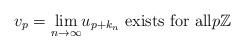
\begin{align*}v_p=\underset{n\rightarrow\infty}{\lim}u_{p+k_{n}}\text{ exists for all}p\mathbb{Z}\end{align*}